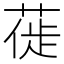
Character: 𫈾